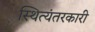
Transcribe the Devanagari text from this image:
स्थित्यंतरकारी